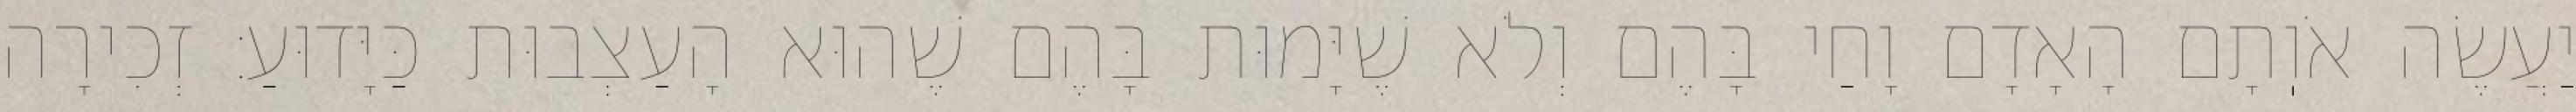
יַעֲשֶׂה אֹוֽתָם הָאָדָם וָחַי בָּהֶם וְלֹא שֶׁיָּמוּת בָּהֶם שֶׁהוּא הָעַצְבוּת כַּיָּדוּעַ: זְכִירָה